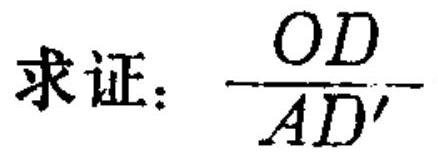
求证：\(\frac{OD}{AD'}\)